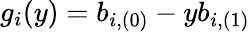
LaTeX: g_{i}(y)=b_{i,(0)}-yb_{i,(1)}